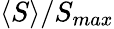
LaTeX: \langle S\rangle/S_{max}